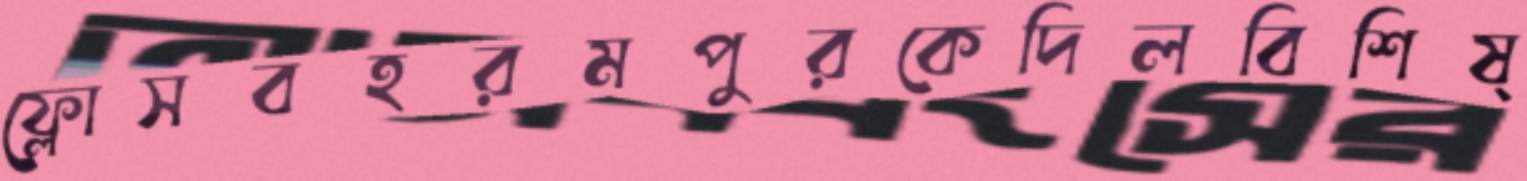
ফ্লোসবহরমপুরকেদিলবিশিষ্